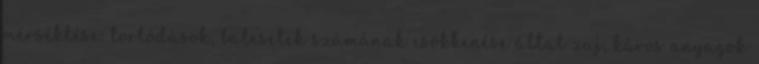
mérséklése: torlódások, balesetek számának csökkenése által zaj, káros anyagok